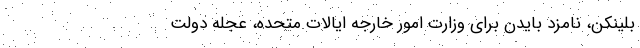
بلینکن، نامزد بایدن برای وزارت امور خارجه ایالات متحده، عجله دولت